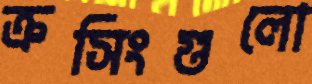
ক্রসিংগুলো